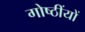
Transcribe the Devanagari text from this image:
गोष्ठींयों